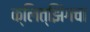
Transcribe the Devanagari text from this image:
क्लित्झिंगचा